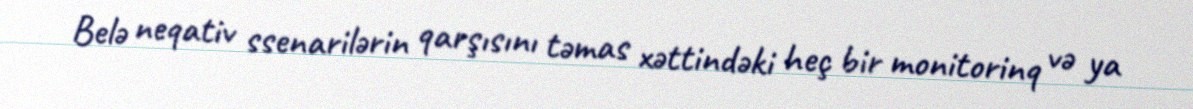
Belə neqativ ssenarilərin qarşısını təmas xəttindəki heç bir monitorinq və ya